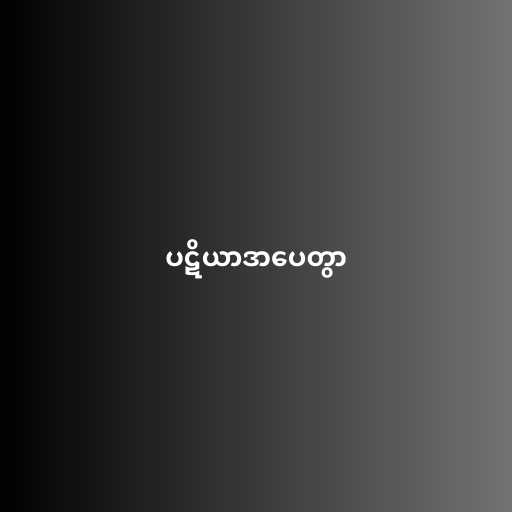
ပဋိယာဒာပေတွာ